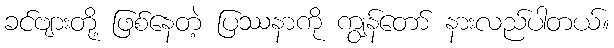
ခင်ဗျားတို့ ဖြစ်နေတဲ့ ပြဿနာကို ကျွန်တော် နားလည်ပါတယ်။